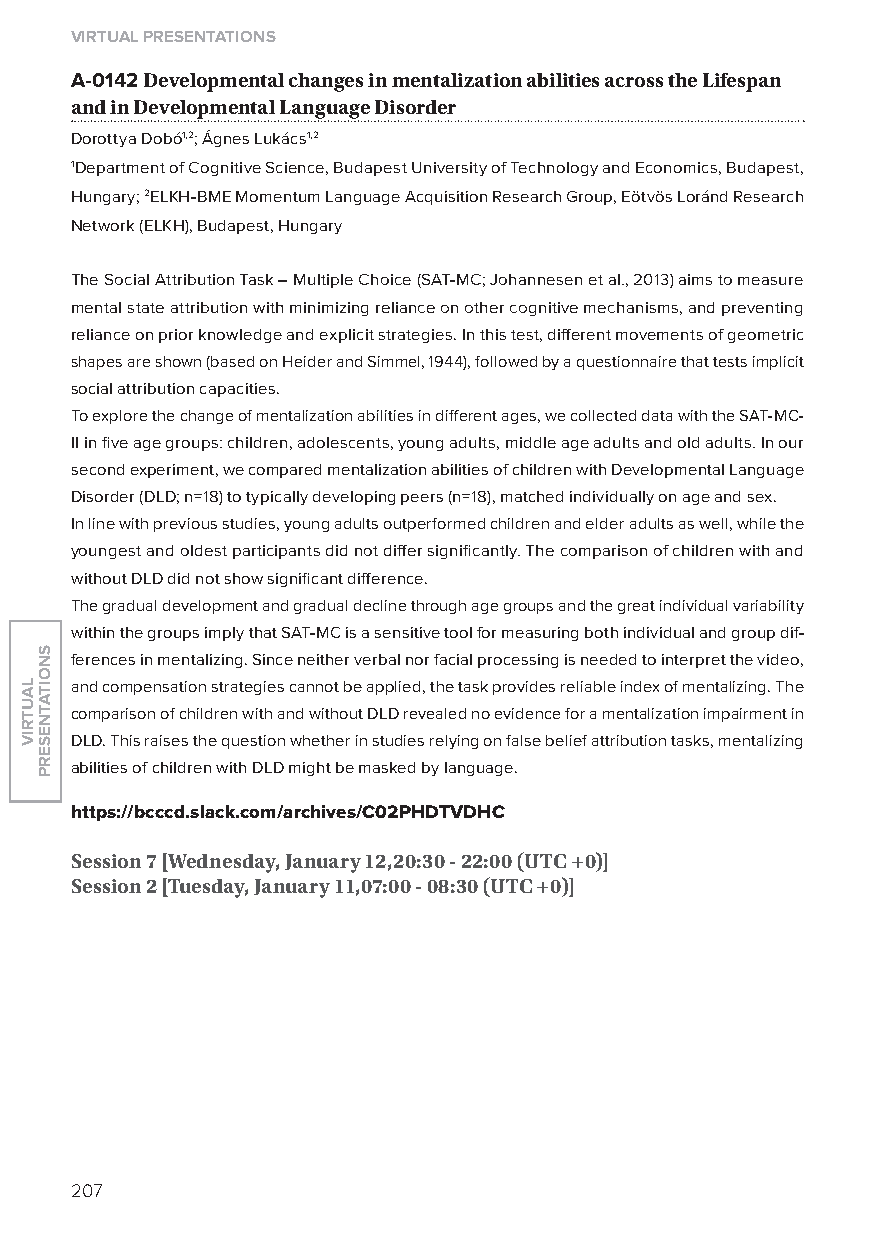
virtual presentations
 A-0142 Developmental changes in mentalization abilities across the lifespan
 and in Developmental language Disorder
 Dorottya Dobó1,2; Ágnes lukács1,2
 1Department of Cognitive Science, Budapest University of Technology and Economics, Budapest,
 Hungary; 2ElKH-BME Momentum language Acquisition Research Group, Eötvös loránd Research
 Network (ElKH), Budapest, Hungary
 The Social Attribution Task – Multiple Choice (SAT-MC; Johannesen et al., 2013) aims to measure
 mental state attribution with minimizing reliance on other cognitive mechanisms, and preventing
 reliance on prior knowledge and explicit strategies. In this test, different movements of geometric
 shapes are shown (based on Heider and Simmel, 1944), followed by a questionnaire that tests implicit
 social attribution capacities.
 To explore the change of mentalization abilities in different ages, we collected data with the SAT-MC-
 II in five age groups: children, adolescents, young adults, middle age adults and old adults. In our
 second experiment, we compared mentalization abilities of children with Developmental language
 Disorder (DlD; n=18) to typically developing peers (n=18), matched individually on age and sex.
 In line with previous studies, young adults outperformed children and elder adults as well, while the
 youngest and oldest participants did not differ significantly. The comparison of children with and
 without DlD did not show significant difference.
 The gradual development and gradual decline through age groups and the great individual variability
 within the groups imply that SAT-MC is a sensitive tool for measuring both individual and group dif-
 ferences in mentalizing. Since neither verbal nor facial processing is needed to interpret the video,
 and compensation strategies cannot be applied, the task provides reliable index of mentalizing. The
 comparison of children with and without DlD revealed no evidence for a mentalization impairment in
 DlD. This raises the question whether in studies relying on false belief attribution tasks, mentalizing
 abilities of children with DlD might be masked by language.
 https://bcccd.slack.com/archives/C02phdTvdhC
 session 7 [Wednesday, January 12,20:30 - 22:00 (utC +0)]
 session 2 [tuesday, January 11,07:00 - 08:30 (utC +0)]
 207
 lautriv
 snoitatneserp